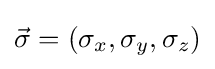
{\vec {\sigma }}=(\sigma _{x},\sigma _{y},\sigma _{z})